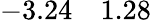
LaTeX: -3.24\quad 1.28\phantom{0}